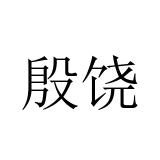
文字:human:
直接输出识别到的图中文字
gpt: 殷饶